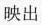
映出